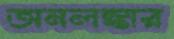
অনলঙ্কার